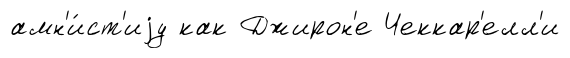
амн'и́ст'иjу как Джирон'е Чеккар'елл'и